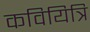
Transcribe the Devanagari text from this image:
कवियित्रि